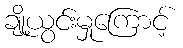
ချို့ယွင်းမှုကြောင့်